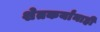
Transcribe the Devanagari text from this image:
शेतकर्यांनाही